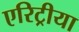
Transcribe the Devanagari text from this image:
एरिट्रीया